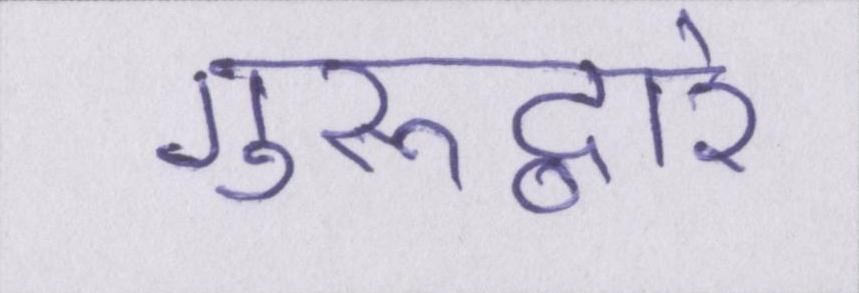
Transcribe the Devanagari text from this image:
गुरूद्वारे